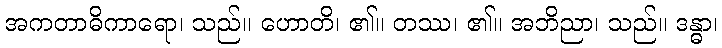
အကတာဓိကာရော၊ သည်။ ဟောတိ၊ ၏။ တဿ၊ ၏။ အဘိညာ၊ သည်။ ဒန္ဓာ၊